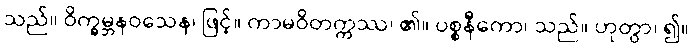
သည်။ ဝိက္ခမ္ဘနဝသေန၊ ဖြင့်။ ကာမဝိတက္ကဿ၊ ၏။ ပစ္စနီကော၊ သည်။ ဟုတွာ၊ ၍။